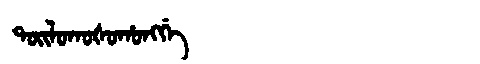
Manchu: ᡨᠣᡳᠯᠣᡴᠣᡧᠣᡥᠣᠩᡤᡝ
Romanization: TOILOKOŠOHONGGE